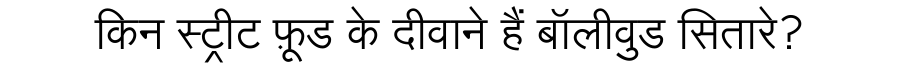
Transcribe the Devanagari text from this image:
किन स्ट्रीट फ़ूड के दीवाने हैं बॉलीवुड सितारे?